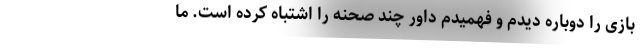
بازی را دوباره دیدم و فهمیدم داور چند صحنه را اشتباه کرده است. ما